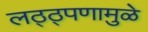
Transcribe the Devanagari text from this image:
लठ्ठ्पणामुळे